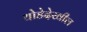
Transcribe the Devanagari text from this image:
थोडेदेखील